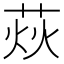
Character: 𦲌